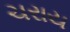
ચરાય